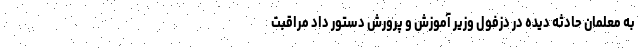
به معلمان حادثه دیده در دزفول وزیر آموزش و پرورش دستور داد مراقبت